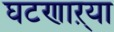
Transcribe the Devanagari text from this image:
घटणाऱ्या